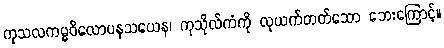
ကုသလကမ္မဝိလောပနသယေန၊ ကုသိုလ်ကံကို လုယက်တတ်သော ဘေးကြောင့်။